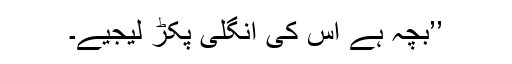
’’بچہ ہے اس کی انگلی پکڑ لیجیے۔